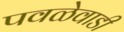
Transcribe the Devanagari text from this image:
पवळेवाडी